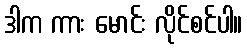
ဒါက ကား မောင်း လိုင်စင်ပါ။